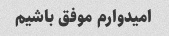
امیدوارم موفق باشیم